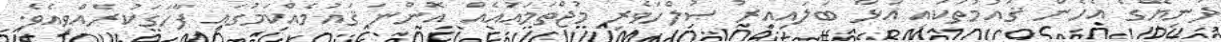
ދުނިޔޭގެ އެހެން ޤައުމުތަކައި އަޅާ ބަލައިއިރު ޞުލްހަވެރި މުޖްތަމަޢުއެއް އޮންނަ ޤައުމެއްކަމުގައި ފާހަގަކުރެއްވިއެވެ.